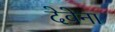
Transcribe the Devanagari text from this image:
देवेना